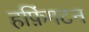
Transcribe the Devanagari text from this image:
हफ़िंगटन